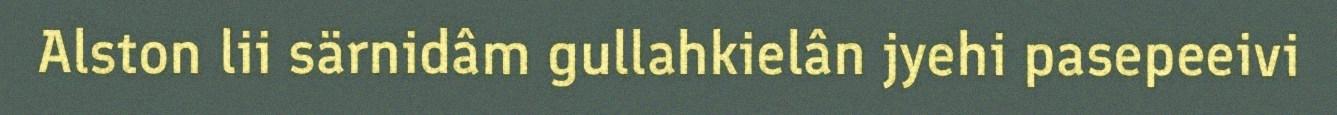
Alston lii särnidâm gullahkielân jyehi pasepeeivi